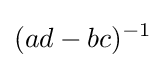
(ad-bc)^{-1}